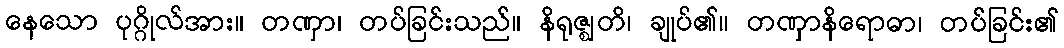
နေသော ပုဂ္ဂိုလ်အား။ တဏှာ၊ တပ်ခြင်းသည်။ နိရုဇ္ဈတိ၊ ချုပ်၏။ တဏှာနိရောဓာ၊ တပ်ခြင်း၏